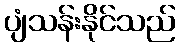
ပျံသန်းနိုင်သည်